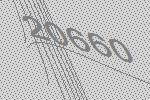
20660